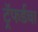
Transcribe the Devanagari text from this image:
ट्रॅफर्डचा